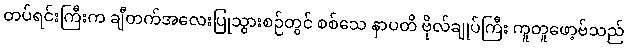
တပ်ရင်းကြီးက ချီတက်အလေးပြုသွားစဉ်တွင် စစ်သေ နာပတိ ဗိုလ်ချုပ်ကြီး ကူတူဖော့ဗ်သည်